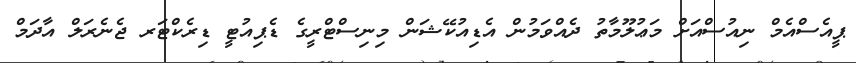
ޕީއެސްއެމް ނިއުސްއަށް މަޢުލޫމާތު ދެއްވަމުން އެޑިއުކޭޝަން މިނިސްޓްރީގެ ޑެޕިއުޓީ ޑިރެކްޓަރ ޖެނެރަލް އާދަމް